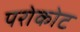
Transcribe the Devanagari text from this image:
परोकोट